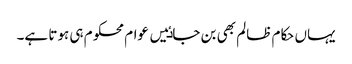
یہاں حکام ظالم بھی بن جاٸیں عوام محکوم ہی ہوتا ہے۔